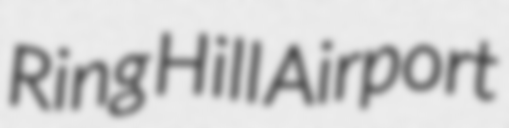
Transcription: Ring Hill Airport